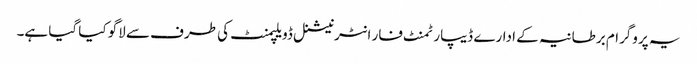
یہ پروگرام برطانیہ کے ادارے ڈیپارٹمنٹ فار انٹرنیشنل ڈویلپمنٹ کی طرف سے لاگو کیا گیا ہے۔